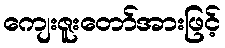
ကျေးဇူးတော်အားဖြင့်